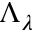
\Lambda _ { \lambda }